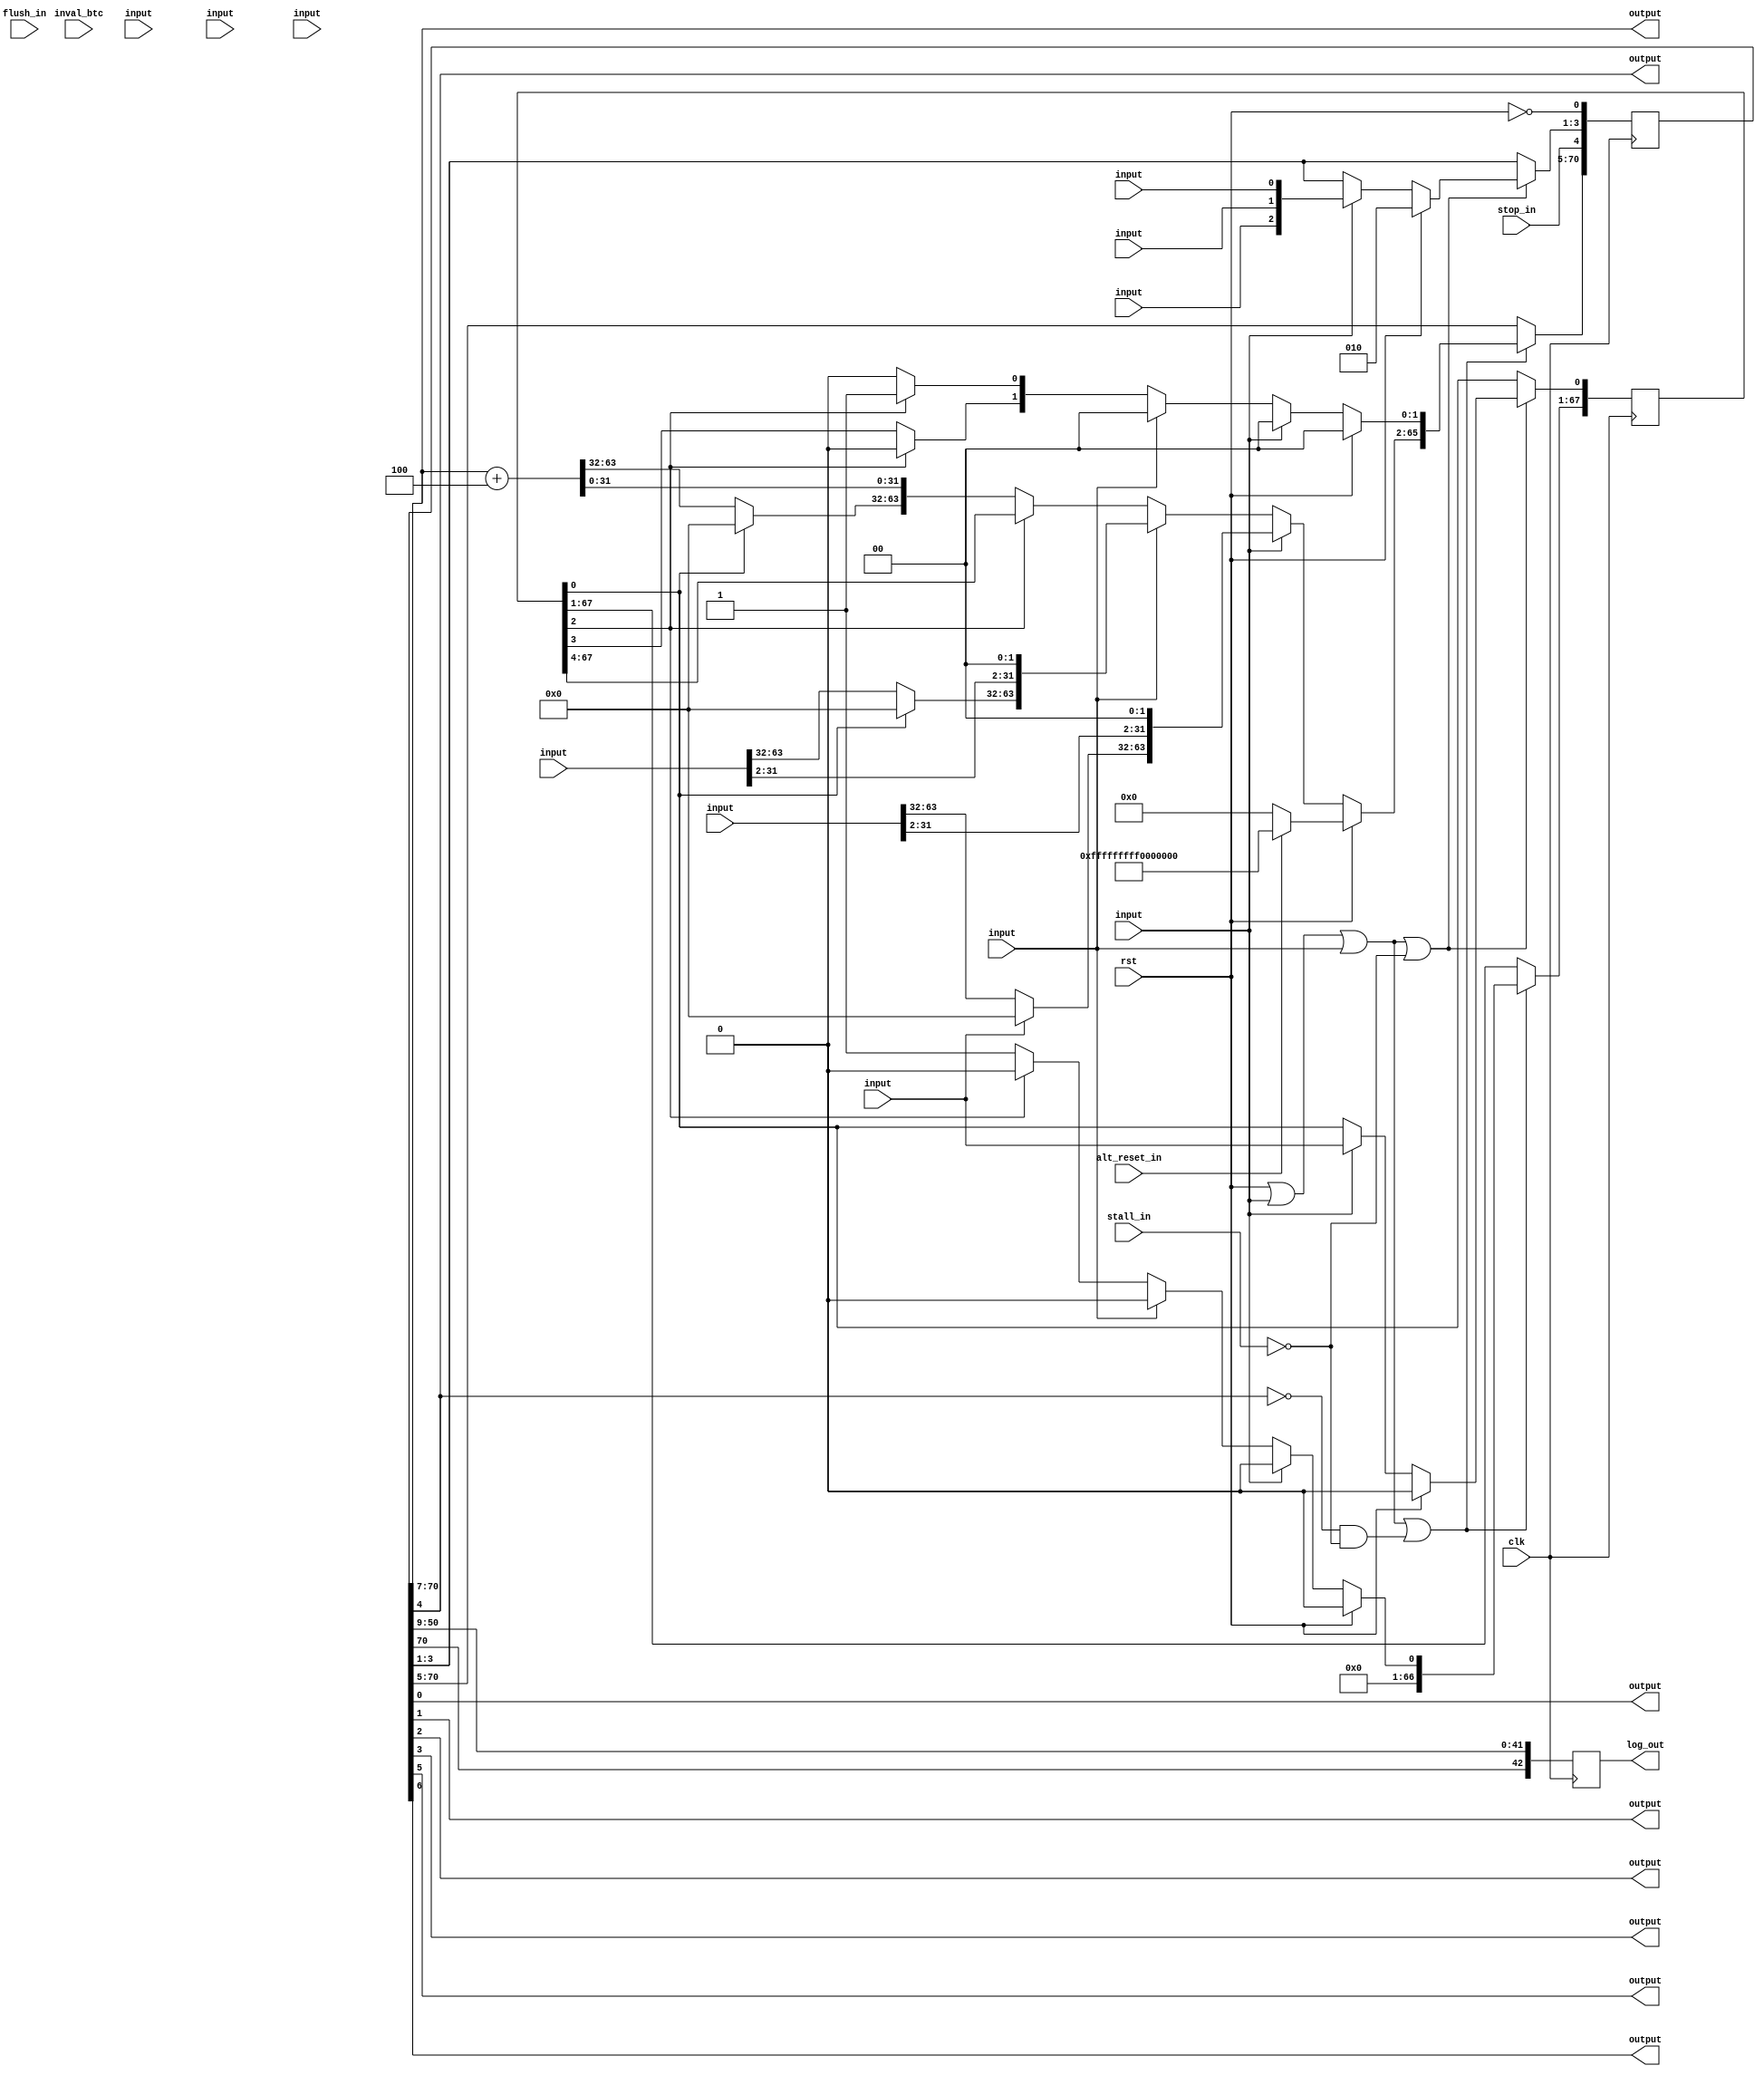
module fetch1_1e2926114d55612f17be0ce20b92717fa98c0d5f(clk, rst, stall_in, flush_in, inval_btc, stop_in, alt_reset_in, \w_in.redirect , \w_in.virt_mode , \w_in.priv_mode , \w_in.big_endian , \w_in.mode_32bit , \w_in.redirect_nia , \w_in.br_nia , \w_in.br_last , \w_in.br_taken , \d_in.redirect , \d_in.redirect_nia , \i_out.req , \i_out.virt_mode , \i_out.priv_mode , \i_out.big_endian , \i_out.stop_mark , \i_out.predicted , \i_out.pred_ntaken , \i_out.nia , log_out);
  wire _00_;
  wire _01_;
  wire _02_;
  wire _03_;
  wire [2:0] _04_;
  wire _05_;
  wire [65:0] _06_;
  wire [66:0] _07_;
  wire _08_;
  reg [70:0] _09_;
  reg [67:0] _10_;
  reg [42:0] _11_;
  wire [63:0] _12_;
  wire [31:0] _13_;
  wire [31:0] _14_;
  wire [63:0] _15_;
  wire [31:0] _16_;
  wire _17_;
  wire _18_;
  wire _19_;
  wire _20_;
  wire [1:0] _21_;
  wire _22_;
  wire _23_;
  wire [63:0] _24_;
  wire [2:0] _25_;
  wire [1:0] _26_;
  wire [63:0] _27_;
  wire [2:0] _28_;
  wire [2:0] _29_;
  wire [1:0] _30_;
  wire [63:0] _31_;
  wire _32_;
  wire [2:0] _33_;
  wire [2:0] _34_;
  wire [1:0] _35_;
  wire [63:0] _36_;
  wire _37_;
  wire [2:0] _38_;
  wire _39_;
  wire _40_;
  wire _41_;
  wire _42_;
  wire _43_;
  wire _44_;
  wire advance_nia;
  input alt_reset_in;
  wire alt_reset_in;
  wire [114:0] btc_rd_data;
  wire btc_rd_valid;
  input clk;
  wire clk;
  input \d_in.redirect ;
  wire \d_in.redirect ;
  input [63:0] \d_in.redirect_nia ;
  wire [63:0] \d_in.redirect_nia ;
  input flush_in;
  wire flush_in;
  output \i_out.big_endian ;
  wire \i_out.big_endian ;
  output [63:0] \i_out.nia ;
  wire [63:0] \i_out.nia ;
  output \i_out.pred_ntaken ;
  wire \i_out.pred_ntaken ;
  output \i_out.predicted ;
  wire \i_out.predicted ;
  output \i_out.priv_mode ;
  wire \i_out.priv_mode ;
  output \i_out.req ;
  wire \i_out.req ;
  output \i_out.stop_mark ;
  wire \i_out.stop_mark ;
  output \i_out.virt_mode ;
  wire \i_out.virt_mode ;
  input inval_btc;
  wire inval_btc;
  wire [42:0] log_nia;
  output [42:0] log_out;
  wire [42:0] log_out;
  wire [70:0] r;
  wire [67:0] r_int;
  wire [70:0] r_next;
  wire [67:0] r_next_int;
  input rst;
  wire rst;
  input stall_in;
  wire stall_in;
  input stop_in;
  wire stop_in;
  input \w_in.big_endian ;
  wire \w_in.big_endian ;
  input \w_in.br_last ;
  wire \w_in.br_last ;
  input [63:0] \w_in.br_nia ;
  wire [63:0] \w_in.br_nia ;
  input \w_in.br_taken ;
  wire \w_in.br_taken ;
  input \w_in.mode_32bit ;
  wire \w_in.mode_32bit ;
  input \w_in.priv_mode ;
  wire \w_in.priv_mode ;
  input \w_in.redirect ;
  wire \w_in.redirect ;
  input [63:0] \w_in.redirect_nia ;
  wire [63:0] \w_in.redirect_nia ;
  input \w_in.virt_mode ;
  wire \w_in.virt_mode ;
  assign _00_ = rst | \w_in.redirect ;
  assign _01_ = _00_ | \d_in.redirect ;
  assign _02_ = ~ stall_in;
  assign _03_ = _01_ | _02_;
  assign _04_ = _03_ ? r_next[3:1] : r[3:1];
  assign _05_ = _03_ ? r_next_int[0] : r_int[0];
  assign _06_ = advance_nia ? r_next[70:5] : r[70:5];
  assign _07_ = advance_nia ? r_next_int[67:1] : r_int[67:1];
  assign _08_ = ~ rst;
  always @(posedge clk)
    _09_ <= { _06_, stop_in, _04_, _08_ };
  always @(posedge clk)
    _10_ <= { _07_, _05_ };
  always @(posedge clk)
    _11_ <= { r[70], r[50:9] };
  assign _12_ = alt_reset_in ? 64'hfffffffff0000000 : 64'h0000000000000000;
  assign _13_ = \w_in.mode_32bit  ? 32'd0 : \w_in.redirect_nia [63:32];
  assign _14_ = r_int[0] ? 32'd0 : \d_in.redirect_nia [63:32];
  assign _15_ = r[70:7] + 64'h0000000000000004;
  assign _16_ = r_int[0] ? 32'd0 : _15_[63:32];
  assign _17_ = btc_rd_valid & r_int[1];
  assign _18_ = btc_rd_data[113:62] == { _16_, _15_[31:12] };
  assign _19_ = _17_ & _18_;
  assign _20_ = ~ btc_rd_data[114];
  assign _21_ = _19_ ? { _20_, btc_rd_data[114] } : 2'h0;
  assign _22_ = r_int[2] ? 1'h1 : 1'h0;
  assign _23_ = r_int[2] ? 1'h0 : r_int[3];
  assign _24_ = r_int[2] ? r_int[67:4] : { _16_, _15_[31:0] };
  assign _25_ = r_int[2] ? 3'h0 : { _21_, 1'h1 };
  assign _26_ = \d_in.redirect  ? 2'h0 : { _23_, _22_ };
  assign _27_ = \d_in.redirect  ? { _14_, \d_in.redirect_nia [31:2], 2'h0 } : _24_;
  assign _28_ = \d_in.redirect  ? 3'h0 : _25_;
  assign _29_ = \w_in.redirect  ? { \w_in.big_endian , \w_in.priv_mode , \w_in.virt_mode  } : r[3:1];
  assign _30_ = \w_in.redirect  ? 2'h0 : _26_;
  assign _31_ = \w_in.redirect  ? { _13_, \w_in.redirect_nia [31:2], 2'h0 } : _27_;
  assign _32_ = \w_in.redirect  ? \w_in.mode_32bit  : r_int[0];
  assign _33_ = \w_in.redirect  ? 3'h0 : _28_;
  assign _34_ = rst ? 3'h2 : _29_;
  assign _35_ = rst ? 2'h0 : _30_;
  assign _36_ = rst ? _12_ : _31_;
  assign _37_ = rst ? 1'h0 : _32_;
  assign _38_ = rst ? 3'h0 : _33_;
  assign _39_ = rst | \w_in.redirect ;
  assign _40_ = _39_ | \d_in.redirect ;
  assign _41_ = ~ r[4];
  assign _42_ = ~ stall_in;
  assign _43_ = _41_ & _42_;
  assign _44_ = _40_ | _43_;
  assign r = _09_;
  assign r_next = { _36_, _35_, r[4], _34_, r[0] };
  assign r_int = _10_;
  assign r_next_int = { btc_rd_data[61:0], 2'h0, _38_, _37_ };
  assign advance_nia = _44_;
  assign log_nia = _11_;
  assign btc_rd_data = 115'h00000000000000000000000000000;
  assign btc_rd_valid = 1'h0;
  assign \i_out.req  = r[0];
  assign \i_out.virt_mode  = r[1];
  assign \i_out.priv_mode  = r[2];
  assign \i_out.big_endian  = r[3];
  assign \i_out.stop_mark  = r[4];
  assign \i_out.predicted  = r[5];
  assign \i_out.pred_ntaken  = r[6];
  assign \i_out.nia  = r[70:7];
  assign log_out = log_nia;
endmodule